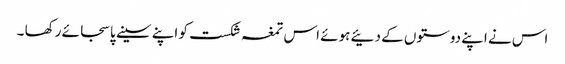
اس نے اپنے دوستوں کے دئیے ہوئے اس تمغہ شکست کو اپنے سینے پا سجائے رکھا ۔